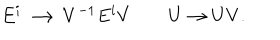
E ^ { i } \longrightarrow V ^ { - 1 } E ^ { i } V \qquad U \to U V .